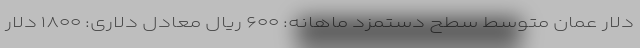
دلار عمان متوسط سطح دستمزد ماهانه: ۶۰۰ ریال معادل دلاری: ۱۸۰۰ دلار